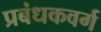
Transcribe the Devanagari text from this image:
प्रबंधकवर्ग